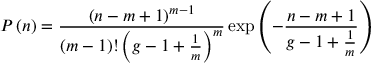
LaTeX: P \left( n \right) = { \frac { \left( n - m + 1 \right) ^ { m - 1 } } { \left( m - 1 \right) ! \left( g - 1 + { \frac { 1 } { m } } \right) ^ { m } } } \exp \left( - { \frac { n - m + 1 } { g - 1 + { \frac { 1 } { m } } } } \right)